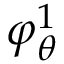
\varphi _ { \theta } ^ { 1 }